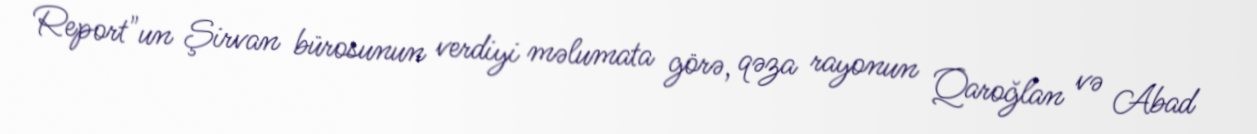
Report"un Şirvan bürosunun verdiyi məlumata görə, qəza rayonun Qaroğlan və Abad